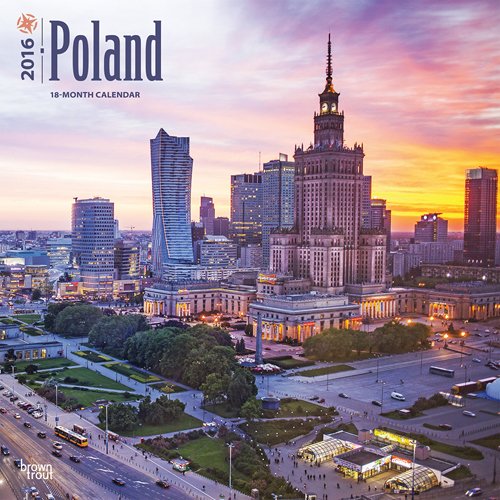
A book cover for Poland 2016 Square 12x12 (Multilingual Edition); Browntrout Publishers; Travel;